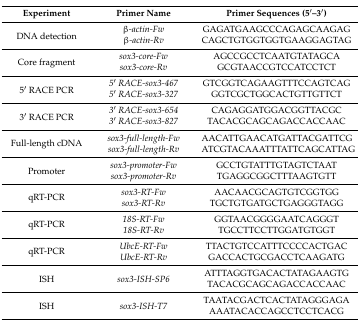
| Experiment | Primer Name | Primer Sequences (5′–3′) |
 | --- | --- | --- |
 | <ROWSPAN=2> DNA detection | β-actin-Fw | GAGATGAAGCCCAGAGCAAGAG |
 | β-actin-Rv | CAGCTGTGGTGGTGAAGGAGTAG |
 | <ROWSPAN=2> Core fragment | sox3-core-Fw | AGCCGCCTCAATGTATAGCA |
 | sox3-core-Rv | GCGTAACCGTCCATCCTCT |
 | <ROWSPAN=2> 5′ RACE PCR | 5′ RACE-sox3-467 | GTCGGTCAGAAGTTTCCAGTCAG |
 | 5′ RACE-sox3-327 | GGTCGCTGGCACTGTTGTTCT |
 | <ROWSPAN=2> 3′ RACE PCR | 3′ RACE-sox3-654 | CAGAGGATGGACGGTTACGC |
 | 3′ RACE-sox3-827 | TACACGCAGCAGACCACCAAC |
 | <ROWSPAN=2> Full-length cDNA | sox3-full-length-Fw | AACATTGAACATGATTACGATTCG |
 | sox3-full-length-Rv | ATCGTACAAATTTATTCAGCATTAG |
 | <ROWSPAN=2> Promoter | sox3-promoter-Fw | GCCTGTATTTGTAGTCTAAT |
 | sox3-promoter-Rv | TGAGGCGGCTTTAAGTGTT |
 | <ROWSPAN=2> qRT-PCR | sox3-RT-Fw | AACAACGCAGTGTCGGTGG |
 | sox3-RT-Rv | TGCTGTGATGCTGAGGGTAGG |
 | <ROWSPAN=2> qRT-PCR | 18S-RT-Fw | GGTAACGGGGAATCAGGGT |
 | 18S-RT-Rv | TGCCTTCCTTGGATGTGGT |
 | <ROWSPAN=2> qRT-PCR | UbcE-RT-Fw | TTACTGTCCATTTCCCCACTGAC |
 | UbcE-RT-Rv | GACCACTGCGACCTCAAGATG |
 | <ROWSPAN=2> ISH | <ROWSPAN=2> sox3-ISH-SP6 | ATTTAGGTGACACTATAGAAGTG |
 | TACACGCAGCAGACCACCAAC |
 | <ROWSPAN=2> ISH | <ROWSPAN=2> sox3-ISH-T7 | TAATACGACTCACTATAGGGAGA |
 | AAATACACCAGCCTCCTCACG |